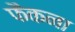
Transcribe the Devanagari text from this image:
फैकना